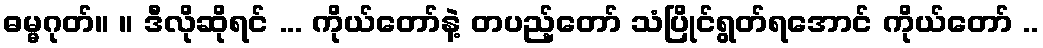
ဓမ္မဂုတ်။ ။ ဒီလိုဆိုရင် ... ကိုယ်တော်နဲ့ တပည့်တော် သံပြိုင်ရွတ်ရအောင် ကိုယ်တော် ..